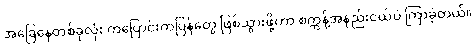
အခြေနေတစ်ခုလုံး ကပြောင်းကပြန်တွေ ဖြစ်သွားဖို့ဟာ စက္ကန့်အနည်းငယ်ပဲ ကြာခဲ့တယ်။